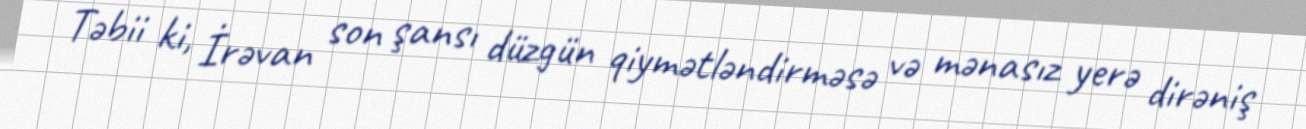
Təbii ki, İrəvan son şansı düzgün qiymətləndirməsə və mənasız yerə dirəniş